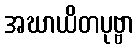
အဃာယိတပုဗ္ဗာ